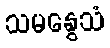
သမနွေသံ